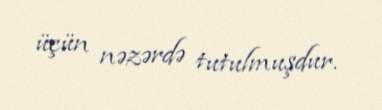
üçün nəzərdə tutulmuşdur.